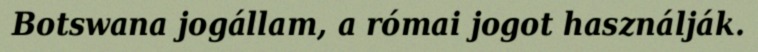
Botswana jogállam, a római jogot használják.